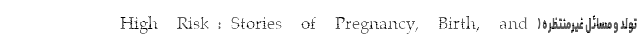
تولد و مسائل غیرمنتظره (High Risk: Stories of Pregnancy, Birth, and